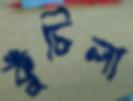
কুঁচিলা